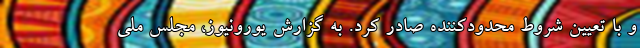
و با تعیین شروط محدودکننده صادر کرد. به گزارش یورونیوز، مجلس ملی